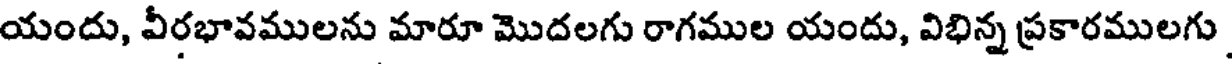
యందు, వీరభావములను మారూ మొదలగు రాగముల యందు, విభిన్న ప్రకారములగు